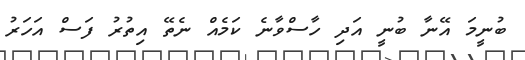
ބުނީމަ އޭނާ ބުނީ އަދި ހާސްވާނެ ކަމެއް ނެތޭ އިތުރު ފަސް އަހަރު